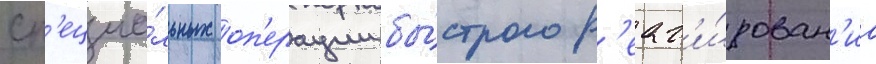
сп'ециа́льных оп'ерации бы́строго р'еаг'и́рован'иа